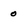
Character: o